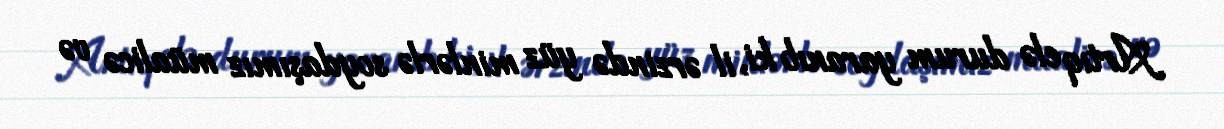
Artıq elə durum yaranıb ki, il ərzində yüz minlərlə soydaşımız müalicə və